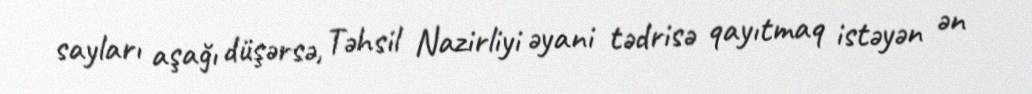
sayları aşağı düşərsə, Təhsil Nazirliyi əyani tədrisə qayıtmaq istəyən ən